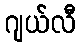
ဂျယ်လီ